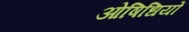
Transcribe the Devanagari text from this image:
ओषिधियों